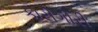
કારીગીરી